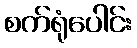
စက်ရုံပေါင်း